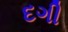
દગી